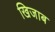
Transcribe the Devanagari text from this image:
खिजाब